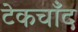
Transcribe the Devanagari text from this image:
टेकचाँद